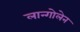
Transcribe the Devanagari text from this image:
लान्गोलेन